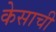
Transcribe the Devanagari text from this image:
केसाची